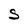
Character: S